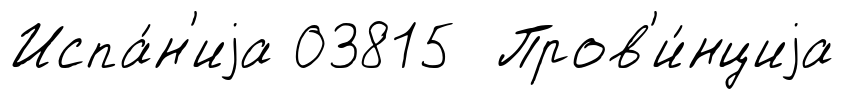
Испа́н'иjа 03815 Пров'и́нциjа